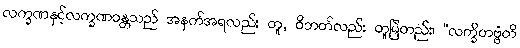
လက္ခဏနှင့်လက္ခဏဝန္တသည် အနက်အရလည်း တူ, ဝိဘတ်လည်း တူမြဲတည်း၊ “လက္ခိတဗ္ဗံတိ